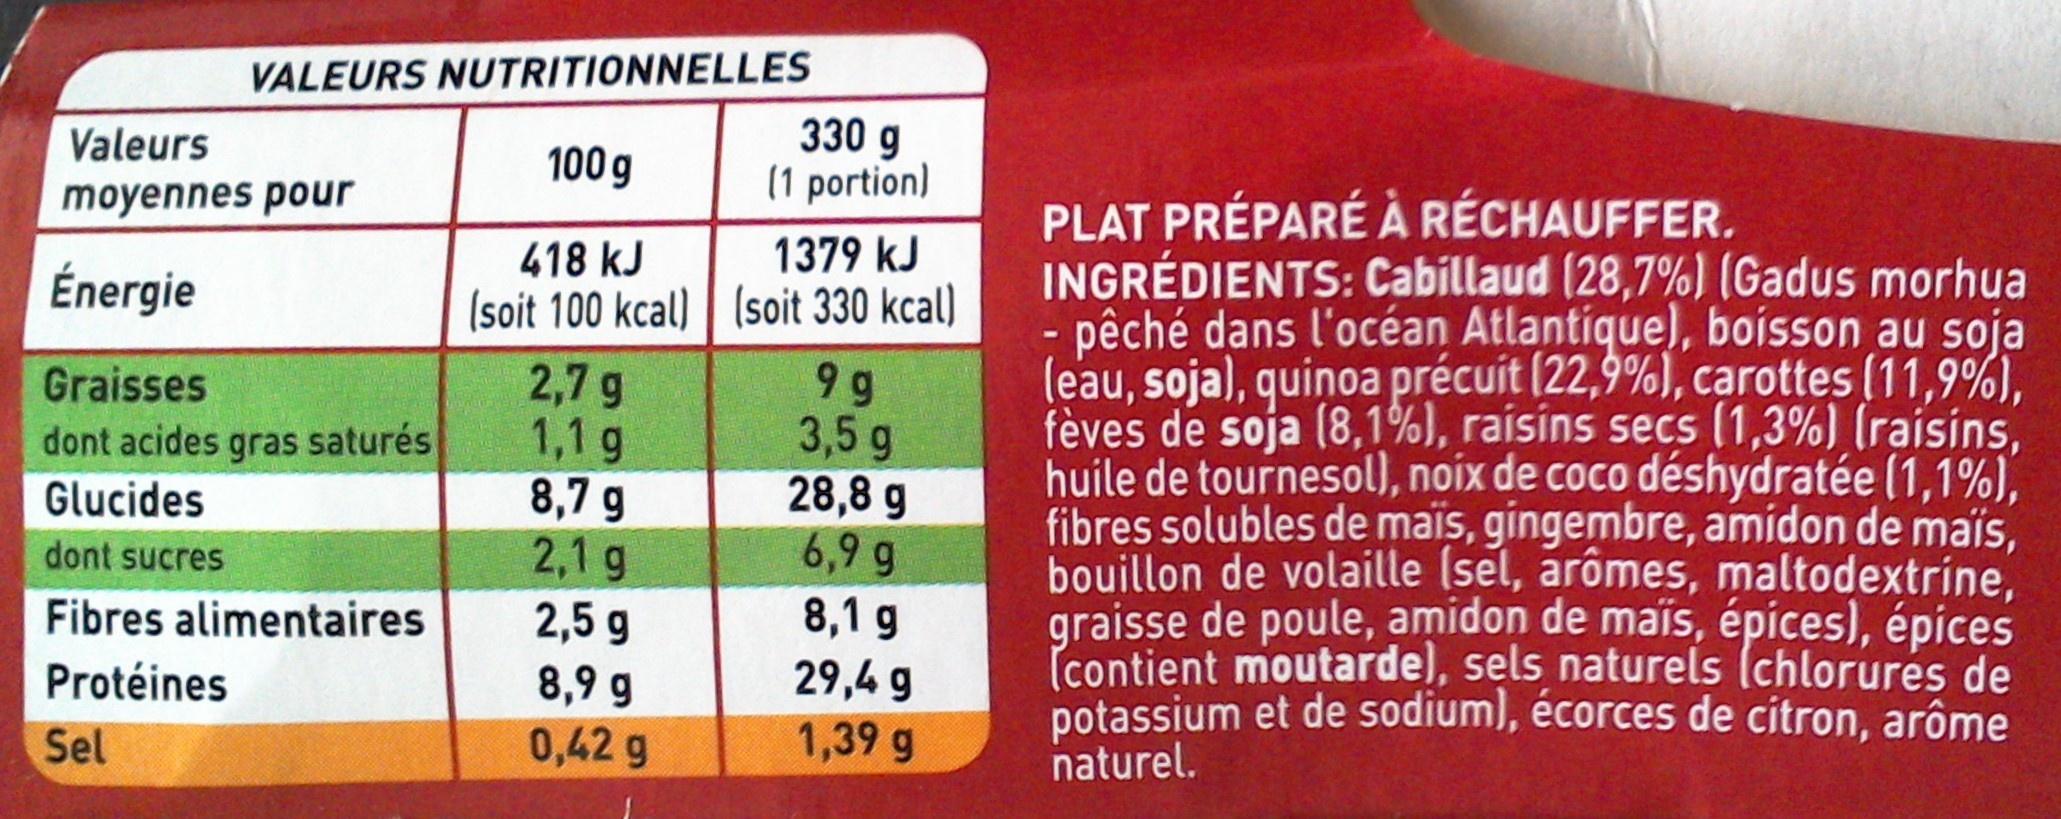
VALEURS NUTRITIONNELLES
100 g
418 kJ
(soit 100 kcal)
Valeurs
moyennes pour
Énergie
Graisses
dont acides gras saturés
Glucides
dont sucres
Fibres alimentaires
Protéines
Sel
2,7 g
1,1 g
8,7 g
2,1 g
2,5 g
8,9 g
0,42 g
330 g (1 portion)
1379 kJ (soit 330 kcal)
99 3,5 g
28,8 g
6,9 g
8,1 g
29,4 g
1,39 g
PLAT PRÉPARÉ À RÉCHAUFFER.
INGRÉDIENTS: Cabillaud (28,7%) (Gadus morhua pêché dans l'océan Atlantique), boisson au soja (eau, soja), quinoa précuit (22,9%), carottes (11,9%), fèves de soja (8,1%), raisins secs (1,3%) (raisins, huile de tournesol), noix de coco déshydratée (1,1%), fibres solubles de maïs, gingembre, amidon de maïs, bouillon de volaille (sel, arômes, maltodextrine, graisse de poule, amidon de maïs, épices), épices (contient moutarde), sels naturels (chlorures de potassium et de sodium), écorces de citron, arôme
naturel.